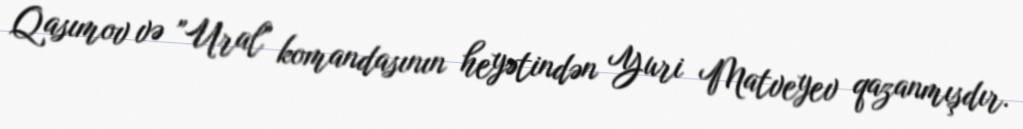
Qasımov və "Ural" komandasının heyətindən Yuri Matveyev qazanmışdır.